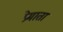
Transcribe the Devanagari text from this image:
प्रेमाता